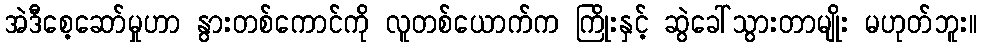
အဲဒီစေ့ဆော်မှုဟာ နွားတစ်ကောင်ကို လူတစ်ယောက်က ကြိုးနှင့် ဆွဲခေါ်သွားတာမျိုး မဟုတ်ဘူး။